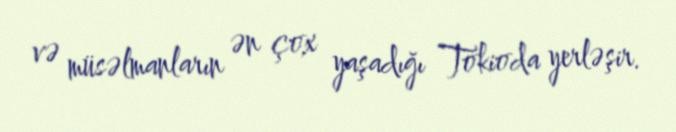
və müsəlmanların ən çox yaşadığı Tokioda yerləşir.